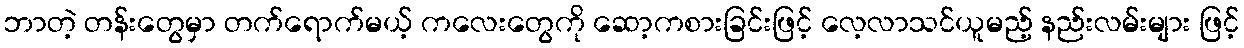
ဘာတဲ့ တန်းတွေမှာ တက်ရောက်မယ့် ကလေးတွေကို ဆော့ကစားခြင်းဖြင့် လေ့လာသင်ယူမည့် နည်းလမ်းများ ဖြင့်